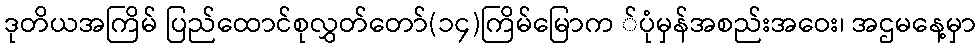
ဒုတိယအကြိမ် ပြည်ထောင်စုလွှတ်တော်(၁၄)ကြိမ်မြောက ်ပုံမှန်အစည်းအဝေး၊ အဌမနေ့မှာ